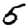
Digit: 5